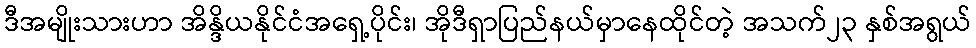
ဒီအမျိုးသားဟာ အိန္ဒိယနိုင်ငံအရှေ့ပိုင်း၊ အိုဒီရှာပြည်နယ်မှာနေထိုင်တဲ့ အသက်၂၃ နှစ်အရွယ်